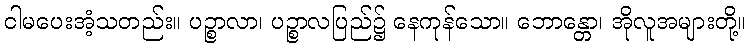
ငါမပေးအံ့သတည်း။ ပဉ္စာလာ၊ ပဉ္စာလပြည်၌ နေကုန်သော။ ဘောန္တော၊ အိုလူအများတို့။